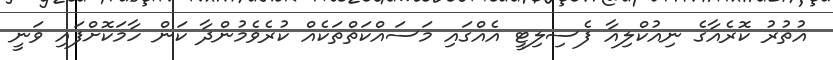
އުތުރު ކޮރެއާގެ ނިއުކްލިއާ ފެސިލިޓީ އެއްގައި މަސައްކަތްތަކެއް ކުރެވެމުންދާ ކަން ހާމަކޮށްފައި ވަނީ